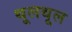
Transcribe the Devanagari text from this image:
थूलथूल